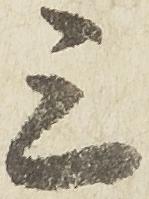
三